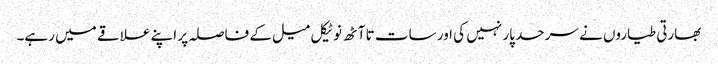
بھارتی طیاروں نے سرحد پار نہیں کی اور سات تا آٹھ نوٹیکل میل کے فاصلہ پر اپنے علاقے میں رہے۔